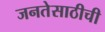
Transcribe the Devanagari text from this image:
जनतेसाठीची